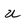
Character: U